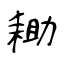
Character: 耡